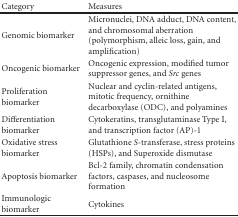
<table><thead><tr><td><b>Category</b></td><td><b>Measures</b></td></tr></thead><tbody><tr><td>Genomic biomarker</td><td>Micronuclei, DNA adduct, DNA content, and chromosomal aberration (polymorphism, alleic loss, gain, and amplification)</td></tr><tr><td>Oncogenic biomarker</td><td>Oncogenic expression, modified tumor suppressor genes, and <i>Src</i> genes</td></tr><tr><td>Proliferation biomarker</td><td>Nuclear and cyclin-related antigens, mitotic frequency, ornithine decarboxylase (ODC), and polyamines</td></tr><tr><td>Differentiation biomarker</td><td>Cytokeratins, transglutaminase Type I, and transcription factor (AP)-1</td></tr><tr><td>Oxidative stress biomarker</td><td>Glutathione <i>S</i>-transferase, stress proteins (HSPs), and Superoxide dismutase</td></tr><tr><td>Apoptosis biomarker</td><td>Bcl-2 family, chromatin condensation factors, caspases, and nucleosome formation</td></tr><tr><td>Immunologic biomarker</td><td>Cytokines</td></tr></tbody></table>